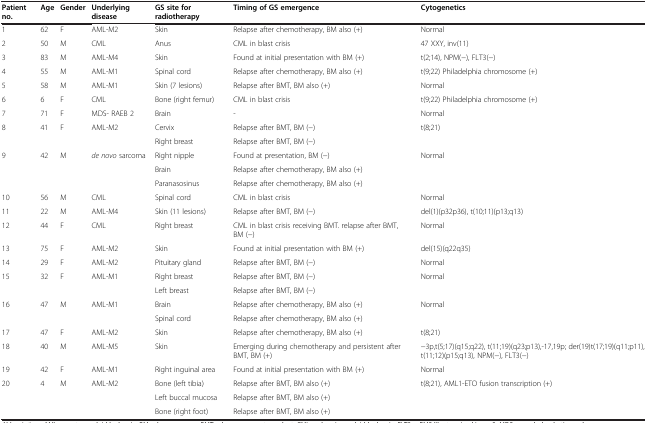
<table><thead><tr><td><b>Patient no.</b></td><td><b>Age</b></td><td><b>Gender</b></td><td><b>Underlying disease</b></td><td><b>GS site for radiotherapy</b></td><td><b>Timing of GS emergence</b></td><td><b>Cytogenetics</b></td></tr></thead><tbody><tr><td>1</td><td>62</td><td>F</td><td>AML-M2</td><td>Skin</td><td>Relapse after chemotherapy, BM also (+)</td><td>Normal</td></tr><tr><td>2</td><td>50</td><td>M</td><td>CML</td><td>Anus</td><td>CML in blast crisis</td><td>47 XXY, inv(11)</td></tr><tr><td>3</td><td>83</td><td>M</td><td>AML-M4</td><td>Skin</td><td>Found at initial presentation with BM (+)</td><td>t(2;14), NPM(-), FLT3(-)</td></tr><tr><td>4</td><td>55</td><td>M</td><td>AML-M1</td><td>Spinal cord</td><td>Relapse after chemotherapy, BM also (+)</td><td>t(9;22) Philadelphia chromosome (+)</td></tr><tr><td>5</td><td>58</td><td>M</td><td>AML-M1</td><td>Skin (7 lesions)</td><td>Relapse after BMT, BM also (+)</td><td>Normal</td></tr><tr><td>6</td><td>6</td><td>F</td><td>CML</td><td>Bone (right femur)</td><td>CML in blast crisis</td><td>t(9;22) Philadelphia chromosome (+)</td></tr><tr><td>7</td><td>71</td><td>F</td><td>MDS- RAEB 2</td><td>Brain</td><td>-</td><td>Normal</td></tr><tr><td>8</td><td>41</td><td>F</td><td>AML-M2</td><td>Cervix</td><td>Relapse after BMT, BM (-)</td><td>t(8;21)</td></tr><tr><td>[EMPTY_CELL]</td><td>[EMPTY_CELL]</td><td>[EMPTY_CELL]</td><td>[EMPTY_CELL]</td><td>Right breast</td><td>Relapse after BMT, BM (-)</td><td>[EMPTY_CELL]</td></tr><tr><td>9</td><td>42</td><td>M</td><td><i>de novo</i> sarcoma</td><td>Right nipple</td><td>Found at presentation, BM (-)</td><td>Normal</td></tr><tr><td>[EMPTY_CELL]</td><td>[EMPTY_CELL]</td><td>[EMPTY_CELL]</td><td>[EMPTY_CELL]</td><td>Brain</td><td>Relapse after chemotherapy, BM also (+)</td><td>[EMPTY_CELL]</td></tr><tr><td>[EMPTY_CELL]</td><td>[EMPTY_CELL]</td><td>[EMPTY_CELL]</td><td>[EMPTY_CELL]</td><td>Paranasosinus</td><td>Relapse after chemotherapy, BM also (+)</td><td>[EMPTY_CELL]</td></tr><tr><td>10</td><td>56</td><td>M</td><td>CML</td><td>Spinal cord</td><td>CML in blast crisis</td><td>Normal</td></tr><tr><td>11</td><td>22</td><td>M</td><td>AML-M4</td><td>Skin (11 lesions)</td><td>Relapse after BMT, BM (-)</td><td>del(1)(p32p36), t(10;11)(p13;q13)</td></tr><tr><td>12</td><td>44</td><td>F</td><td>CML</td><td>Right breast</td><td>CML in blast crisis receiving BMT. relapse after BMT, BM (-)</td><td>Normal</td></tr><tr><td>13</td><td>75</td><td>F</td><td>AML-M2</td><td>Skin</td><td>Found at initial presentation with BM (+)</td><td>del(15)(q22q35)</td></tr><tr><td>14</td><td>29</td><td>F</td><td>AML-M2</td><td>Pituitary gland</td><td>Relapse after BMT, BM (-)</td><td>Normal</td></tr><tr><td>15</td><td>32</td><td>F</td><td>AML-M1</td><td>Right breast</td><td>Relapse after BMT, BM (-)</td><td>Normal</td></tr><tr><td>[EMPTY_CELL]</td><td>[EMPTY_CELL]</td><td>[EMPTY_CELL]</td><td>[EMPTY_CELL]</td><td>Left breast</td><td>Relapse after BMT, BM (-)</td><td>[EMPTY_CELL]</td></tr><tr><td>16</td><td>47</td><td>M</td><td>AML-M1</td><td>Brain</td><td>Relapse after chemotherapy, BM also (+)</td><td>Normal</td></tr><tr><td>[EMPTY_CELL]</td><td>[EMPTY_CELL]</td><td>[EMPTY_CELL]</td><td>[EMPTY_CELL]</td><td>Spinal cord</td><td>Relapse after chemotherapy, BM also (+)</td><td>[EMPTY_CELL]</td></tr><tr><td>17</td><td>47</td><td>F</td><td>AML-M2</td><td>Skin</td><td>Relapse after chemotherapy, BM also (+)</td><td>t(8;21)</td></tr><tr><td>18</td><td>40</td><td>M</td><td>AML-M5</td><td>Skin</td><td>Emerging during chemotherapy and persistent after BMT, BM (+)</td><td>-3p,t(5;17)(q15;q22), t(11;19)(q23;p13),-17,19p; der(19)t(17;19)(q11;p11), t(11;12)(p15;q13), NPM(-), FLT3(-)</td></tr><tr><td>19</td><td>42</td><td>F</td><td>AML-M1</td><td>Right inguinal area</td><td>Found at initial presentation with BM (+)</td><td>Normal</td></tr><tr><td>20</td><td>4</td><td>M</td><td>AML-M2</td><td>Bone (left tibia)</td><td>Relapse after BMT, BM also (+)</td><td>t(8;21), AML1-ETO fusion transcription (+)</td></tr><tr><td>[EMPTY_CELL]</td><td>[EMPTY_CELL]</td><td>[EMPTY_CELL]</td><td>[EMPTY_CELL]</td><td>Left buccal mucosa</td><td>Relapse after BMT, BM also (+)</td><td>[EMPTY_CELL]</td></tr><tr><td>[EMPTY_CELL]</td><td>[EMPTY_CELL]</td><td>[EMPTY_CELL]</td><td>[EMPTY_CELL]</td><td>Bone (right foot)</td><td>Relapse after BMT, BM also (+)</td><td>[EMPTY_CELL]</td></tr></tbody></table>